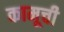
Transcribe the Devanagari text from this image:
कामूची